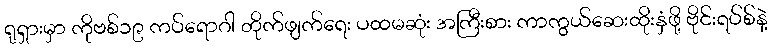
ရုရှားမှာ ကိုဗစ်၁၉ ကပ်ရောဂါ တိုက်ဖျက်ရေး ပထမဆုံး အကြီးစား ကာကွယ်ဆေးထိုးနှံဖို့ ဗိုင်းရပ်စ်နဲ့